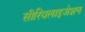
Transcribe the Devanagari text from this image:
सीरियलाइजेशन